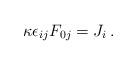
LaTeX: \begin{align*}\kappa \epsilon_{ij}F_{0j}= J_i\,. \end{align*}